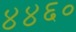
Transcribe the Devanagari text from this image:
४४६०